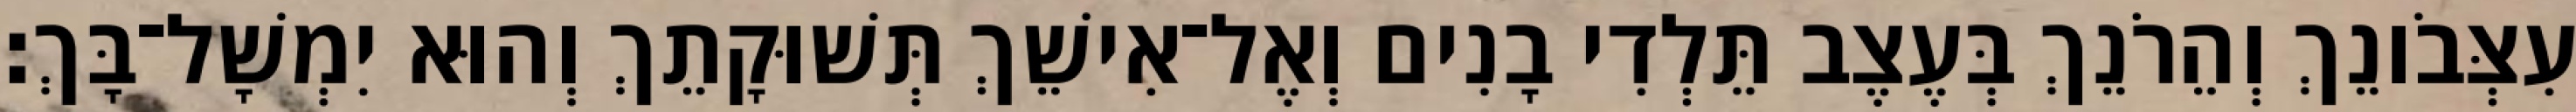
עִצְּבֹונֵךְ וְהֵרֹנֵךְ בְּעֶצֶב תֵּלְדִי בָנִים וְאֶל־אִישֵׁךְ תְּשׁוּקָתֵךְ וְהוּא יִמְשָׁל־בָּךְ׃